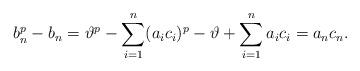
LaTeX: \begin{align*} b_n^p-b_n=\vartheta^p-\sum_{i=1}^n(a_ic_i)^p-\vartheta+\sum_{i=1}^na_ic_i =a_nc_n.\end{align*}